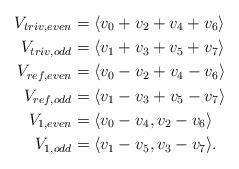
LaTeX: \begin{align*} V_{triv, even} &= \langle v_0+v_2+v_4+v_6 \rangle \\ V_{triv, odd} &= \langle v_1+v_3+v_5+v_7 \rangle \\ V_{ref, even} &= \langle v_0-v_2+v_4-v_6 \rangle \\ V_{ref, odd} &= \langle v_1-v_3+v_5-v_7 \rangle \\ V_{1, even} &= \langle v_0-v_4, v_2-v_6 \rangle \\ V_{1, odd} &= \langle v_1-v_5, v_3-v_7 \rangle. \end{align*}